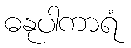
ဓနုပါကာရံ